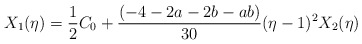
\begin{align*}X_1(\eta)=\frac12C_0+\frac{(-4-2a-2b-ab)}{30}(\eta-1)^2 X_2(\eta)\end{align*}